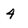
Character: 4